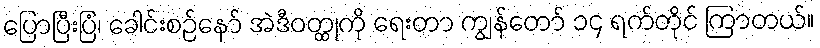
ပြောပြီးပြံ၊ ခေါင်းစဉ်နော် အဲဒီဝတ္ထုကို ရေးတာ ကျွန်တော် ၁၄ ရက်တိုင် ကြာတယ်။